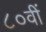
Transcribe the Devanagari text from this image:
८०वीं